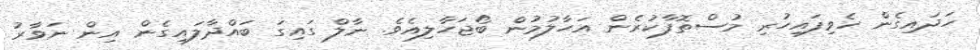
ހަދައިގެން ހެވިފައިހުރި މުސްތޮފާކުރެން އަހާލުމުން ބޯޖަހާލިއެވެ. ނާލް ގައިގަ ބައްދާލައިގެން އިން ނަވާރު